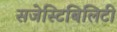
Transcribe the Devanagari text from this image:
सजेस्टिबिलिटी